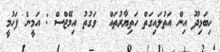
ހިބަޅިދޫ އިން އަތުލައިގަތް ހަތިޔާރުތައް  ވަގުތު އިމޭޖްސް : އަމީން ފަހުމީ